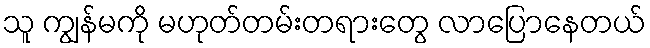
သူ ကျွန်မကို မဟုတ်တမ်းတရားတွေ လာပြောနေတယ်